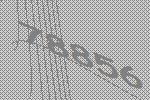
78856